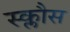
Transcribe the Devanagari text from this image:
स्क्लौस